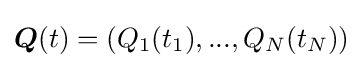
{\boldsymbol {Q}}(t)=(Q_{1}(t_{1}),...,Q_{N}(t_{N}))